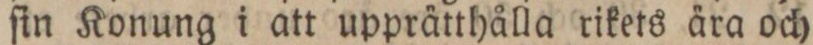
ſin Konung i att upprätthålla rikets ära och